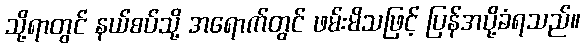
သို့ရာတွင် နယ်စပ်သို့ အရောက်တွင် ဖမ်းမိသဖြင့် ပြန်အပို့ခံရသည်။